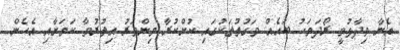
އެނާ ވިދާޅުވީ ރޯދަމަހު ބައެއް ވަގުތުތަކުގައި ކުށްކުރާ މިންވަރު އިތުރުވާ ކަމަށާއި އެހެން